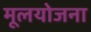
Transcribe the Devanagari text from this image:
मूलयोजना